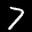
Label: 7